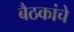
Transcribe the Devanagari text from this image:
बैठकांचे